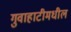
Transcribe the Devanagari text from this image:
गुवाहाटीमधील